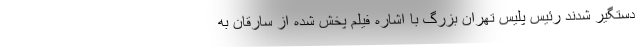
دستگیر شدند رئیس پلیس تهران بزرگ با اشاره فیلم پخش شده از سارقان به